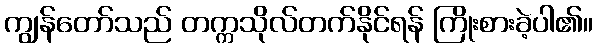
ကျွန်တော်သည် တက္ကသိုလ်တက်နိုင်ရန် ကြိုးစားခဲ့ပါ၏။